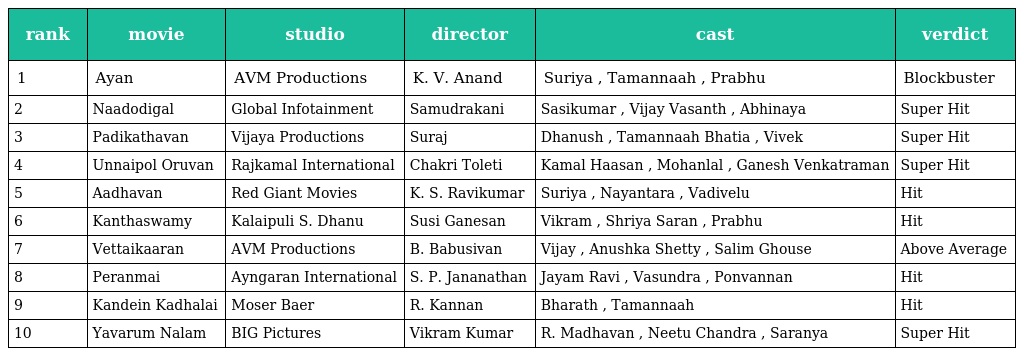
| rank | movie | studio | director | cast | verdict |
 | --- | --- | --- | --- | --- | --- |
 | 1 | Ayan | AVM Productions | K. V. Anand | Suriya , Tamannaah , Prabhu | Blockbuster |
 | 2 | Naadodigal | Global Infotainment | Samudrakani | Sasikumar , Vijay Vasanth , Abhinaya | Super Hit |
 | 3 | Padikathavan | Vijaya Productions | Suraj | Dhanush , Tamannaah Bhatia , Vivek | Super Hit |
 | 4 | Unnaipol Oruvan | Rajkamal International | Chakri Toleti | Kamal Haasan , Mohanlal , Ganesh Venkatraman | Super Hit |
 | 5 | Aadhavan | Red Giant Movies | K. S. Ravikumar | Suriya , Nayantara , Vadivelu | Hit |
 | 6 | Kanthaswamy | Kalaipuli S. Dhanu | Susi Ganesan | Vikram , Shriya Saran , Prabhu | Hit |
 | 7 | Vettaikaaran | AVM Productions | B. Babusivan | Vijay , Anushka Shetty , Salim Ghouse | Above Average |
 | 8 | Peranmai | Ayngaran International | S. P. Jananathan | Jayam Ravi , Vasundra , Ponvannan | Hit |
 | 9 | Kandein Kadhalai | Moser Baer | R. Kannan | Bharath , Tamannaah | Hit |
 | 10 | Yavarum Nalam | BIG Pictures | Vikram Kumar | R. Madhavan , Neetu Chandra , Saranya | Super Hit |